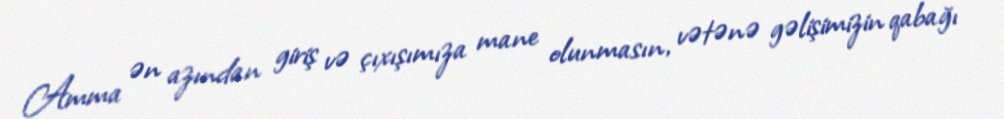
Amma ən azından giriş və çıxışımıza mane olunmasın, vətənə gəlişimizin qabağı